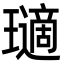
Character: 瓋